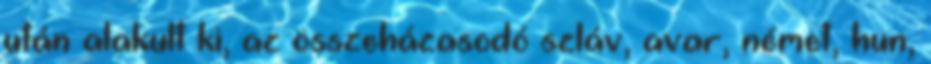
után alakult ki, az összeházasodó szláv, avar, német, hun,